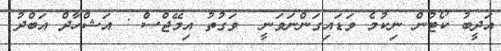
އަދީބު ކޯޓުން ނިކުމެ ވަޑައިގަންނަވަނީ  ވަގުތު އިމޭޖްސް : އަޝްހާދް އަބްދު